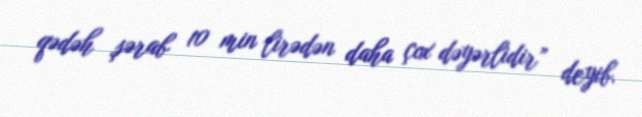
qədəh şərab 10 min lirədən daha çox dəyərlidir” deyib.